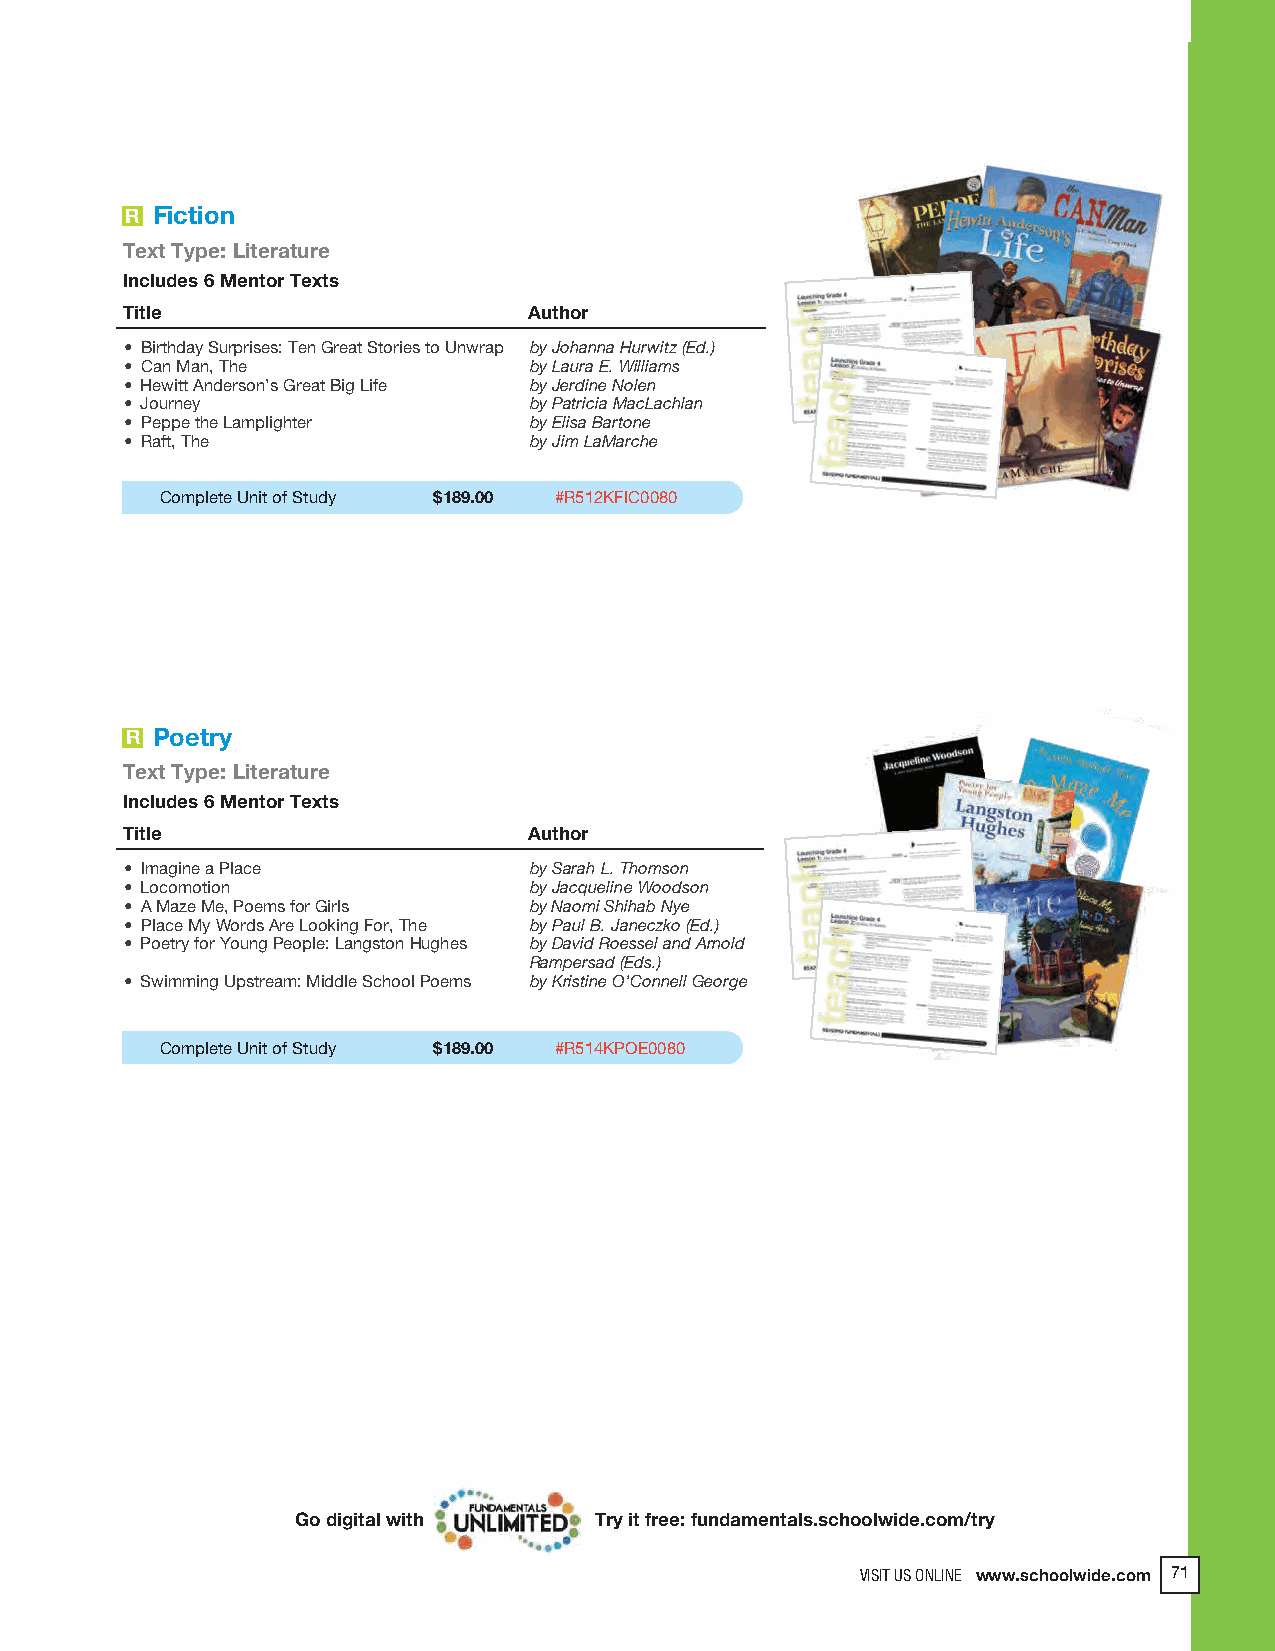
2018 ProdSamp_Layout 1 7/28/17 12:09 PM Page 197
 R Fiction
 Text Type: Literature
 Includes 6 Mentor Texts
 Title                      Author
 • Birthday Surprises: Ten Great Stories to Unwrap by Johanna Hurwitz (Ed.)
 • Can Man, The             by Laura E. Williams
 • Hewitt Anderson’s Great Big Life by Jerdine Nolen
 • Journey                  by Patricia MacLachlan
 • Peppe the Lamplighter    by Elisa Bartone
 • Raft, The                by Jim LaMarche
 Complete Unit of Study $189.00 #R512KFIC0080
 R Poetry
 Text Type: Literature
 Includes 6 Mentor Texts
 Title                      Author
 • Imagine a Place          by Sarah L. Thomson
 • Locomotion               by Jacqueline Woodson
 • A Maze Me, Poems for Girls by Naomi Shihab Nye
 • Place My Words Are Looking For, The by Paul B. Janeczko (Ed.)
 • Poetry for Young People: Langston Hughes by David Roessel and Arnold
 Rampersad (Eds.)
 • Swimming Upstream: Middle School Poems by Kristine O’Connell George
 Complete Unit of Study $189.00 #R514KPOE0080
 Go digital with    Try it free: fundamentals.schoolwide.com/try
 VISIT US ONLINE www.schoolwide.com 71
 VISIT US ONLINE www.schoolwide.com 143